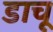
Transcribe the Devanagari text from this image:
डाचू